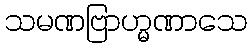
သမဏဗြာဟ္မဏာသေ